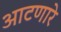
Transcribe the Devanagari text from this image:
आटणारे